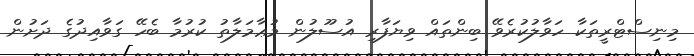
މިނިސްޓްރީތަކާ ހަވާލުކުރެވޭ ބިންތައް ވިޔަފާރި އުސޫލުން މުޢާމަލާތު ކުރުމާ ބެހޭ ގަވާއިދުގެ ދަށުން